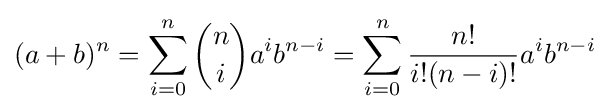
(a+b)^{n}=\sum _{i=0}^{n}{\binom {n}{i}}a^{i}b^{n-i}=\sum _{i=0}^{n}{\frac {n!}{i!(n-i)!}}a^{i}b^{n-i}